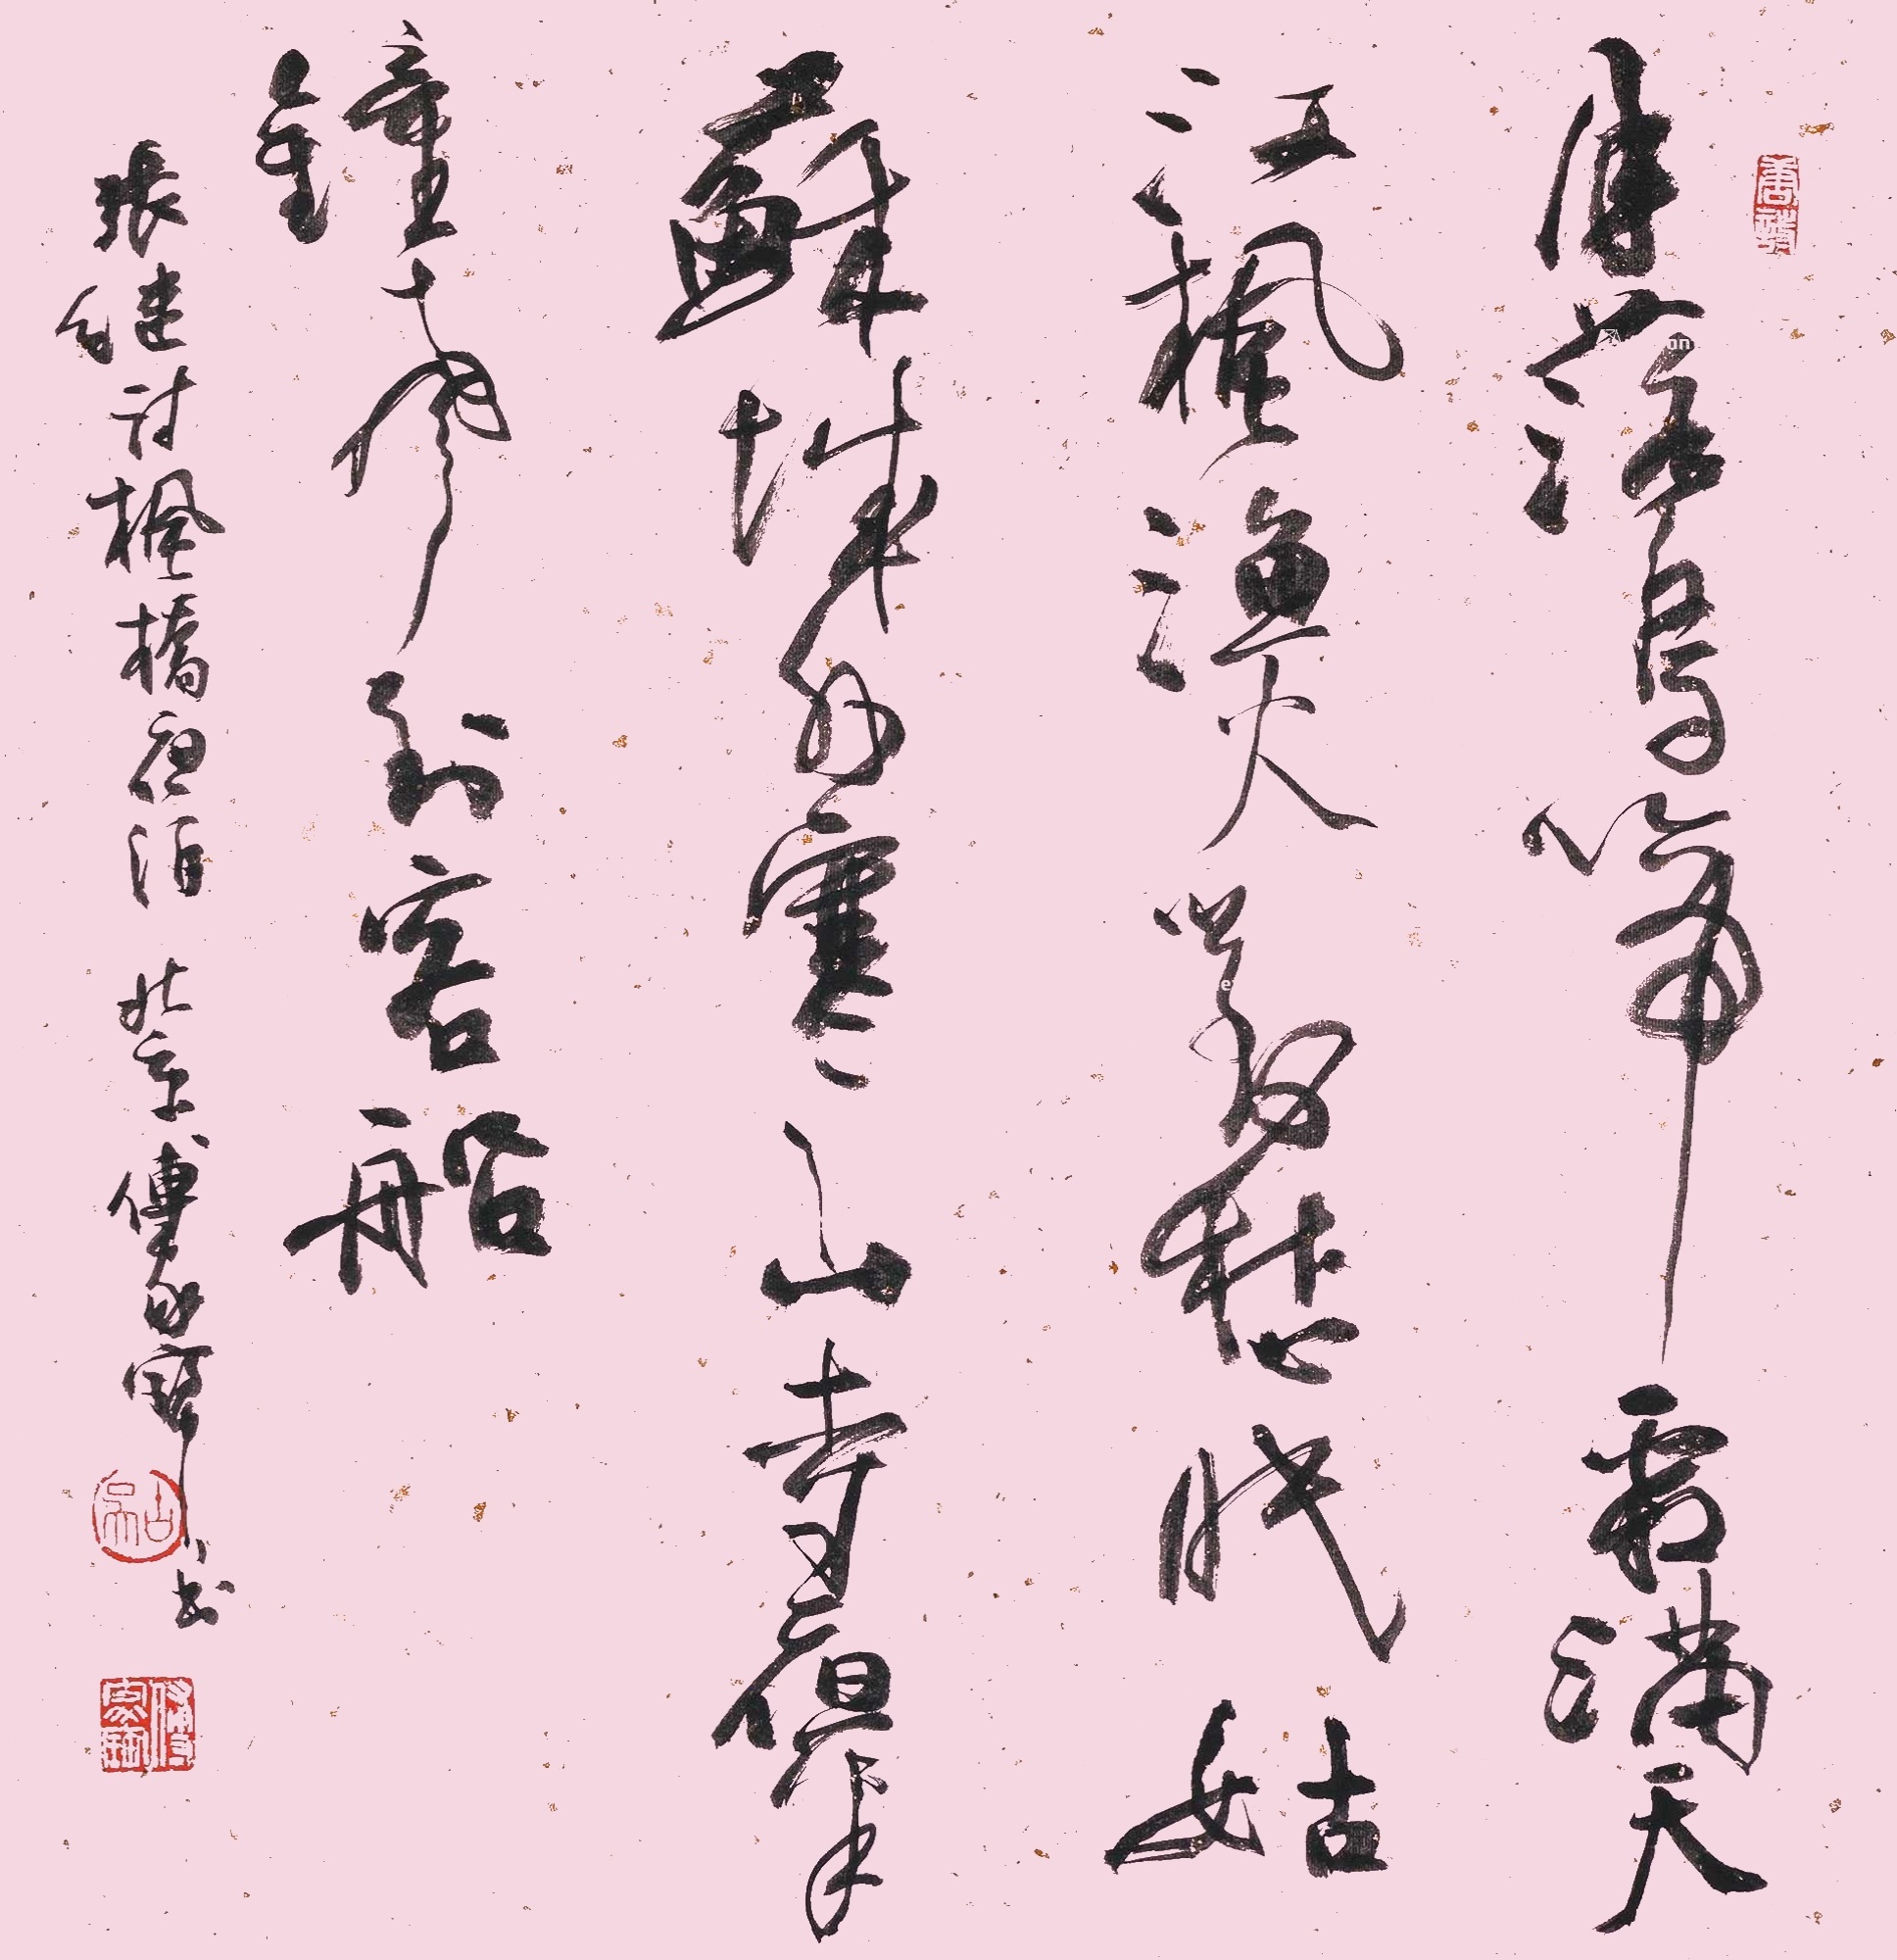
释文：月落乌啼霜满天，江枫渔火对愁眠，姑苏城外寒山寺，夜半钟声到客船。张继诗《枫桥夜泊》。北京傅家宝书。